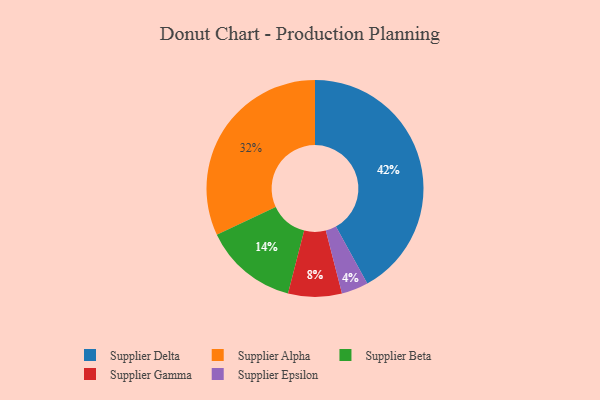
{"axis": {"x": "Category", "y": "Percentage"}, "legend": ["Supplier Alpha", "Supplier Beta", "Supplier Delta", "Supplier Epsilon", "Supplier Gamma"], "data": [{"x": "Supplier Delta", "y": 42, "type": "Supplier Delta"}, {"x": "Supplier Epsilon", "y": 4, "type": "Supplier Epsilon"}, {"x": "Supplier Beta", "y": 14, "type": "Supplier Beta"}, {"x": "Supplier Gamma", "y": 8, "type": "Supplier Gamma"}, {"x": "Supplier Alpha", "y": 32, "type": "Supplier Alpha"}]}